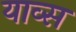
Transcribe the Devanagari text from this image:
याव्स